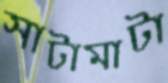
সাটামাটা